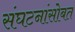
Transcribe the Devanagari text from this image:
संघटनांसोबत